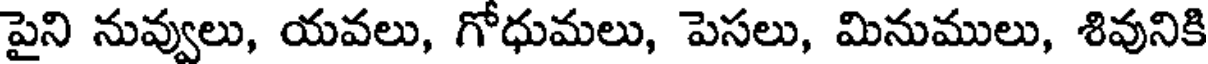
పైని నువ్వులు, యవలు, గోధుమలు, పెసలు, మినుములు, శివునికి